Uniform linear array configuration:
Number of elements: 48
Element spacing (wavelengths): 0.25
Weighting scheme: cosine
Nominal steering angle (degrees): -15
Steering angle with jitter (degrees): -14.04
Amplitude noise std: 0.05
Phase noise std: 0.05

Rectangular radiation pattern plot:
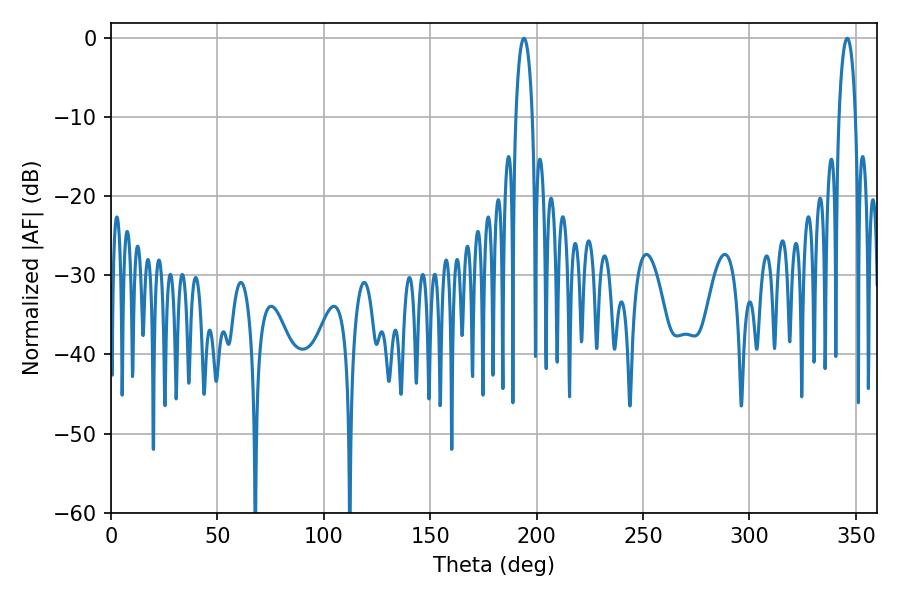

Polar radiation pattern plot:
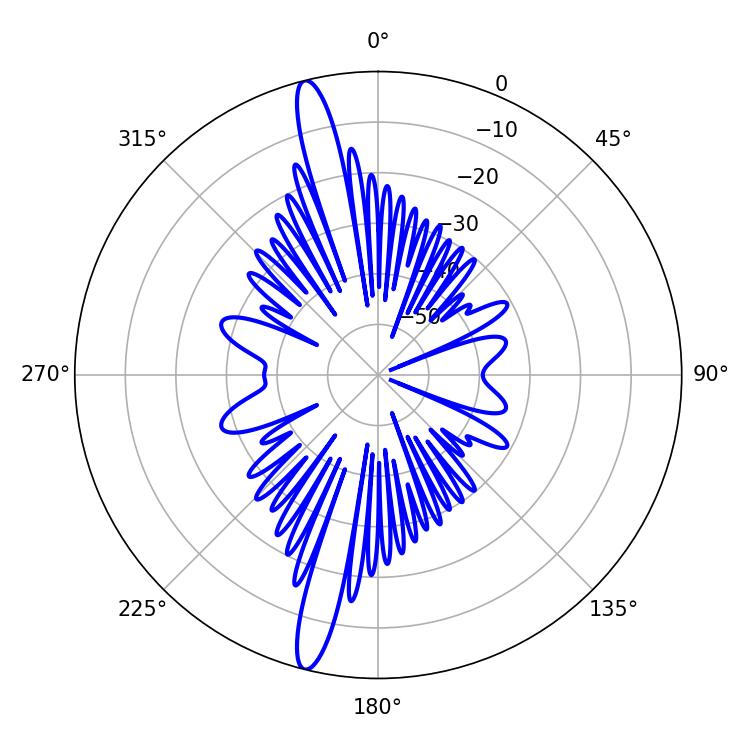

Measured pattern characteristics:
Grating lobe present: FALSE
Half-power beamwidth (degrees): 4.32
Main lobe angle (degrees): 194.04